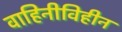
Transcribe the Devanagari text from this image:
वाहिनीविहीन